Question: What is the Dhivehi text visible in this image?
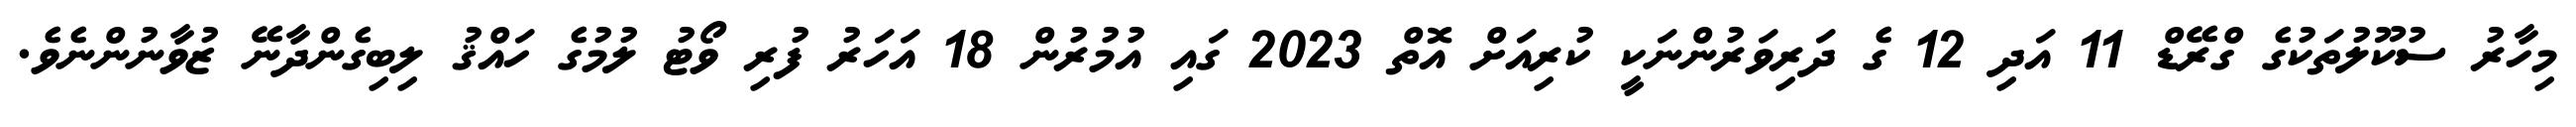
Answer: މިހާރު ސުކޫލުތަކުގެ ގްރޭޑް 11 އަދި 12 ގެ ދަރިވަރުންނަކީ ކުރިއަށް އޮތް 2023 ގައި އުމުރުން 18 އަހަރު ފުރި ވޯޓު ލުމުގެ ހައްޤު ލިބިގެންދާނޭ ޒުވާނުންނެވެ.